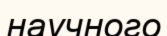
научного